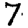
Digit: 7